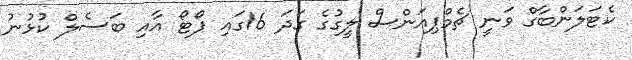
ކެޓަލަންބާގް ވަނީ ޗެމްޕިއަންސް ލީގުގެ ގަދަ 16ގައި ޕޯޓޯ އާއި ބަސެލް ކުޅުނު